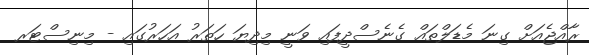
ރާއްޖެއަށް ގިނަ މެޑަލްތައް ގެނެސްދީފައި ވަނީ މިދިޔަ ހަތަރު އަހަރުގައި - މިނިސްޓަރ